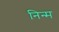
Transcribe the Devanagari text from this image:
निन्‍म